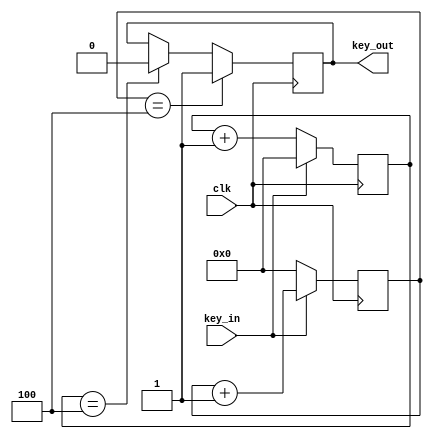
`timescale 1ns / 1ps
//////////////////////////////////////////////////////////////////////////////////
// Company: 
// Engineer: 
// 
// Design Name: 
// Module Name: debkey
// Project Name: 
// Target Devices: 
// Tool Versions: 
// Description: 
// 
// Dependencies: 
// 
// Revision:
// Revision 0.01 - File Created
// Additional Comments:
// 
//////////////////////////////////////////////////////////////////////////////////


module DebKey(clk,key_in,key_out);
    parameter SAMPLE_TIME = 4;
    input clk;
    input key_in;
    output key_out;

    reg [21:0] count_low;
    reg [21:0] count_high;

    reg key_out_reg;

    always @(posedge clk) begin
        if(key_in ==1'b0)
            count_low <= count_low + 1;
        else
            count_low <= 0;
    end
    
    always @(posedge clk) begin
        if(key_in ==1'b1)
            count_high <= count_high + 1;
        else
            count_high <= 0;
    end
    
    always @(posedge clk) begin
        if(count_high == SAMPLE_TIME)
            key_out_reg <= 1;
        else if(count_low == SAMPLE_TIME)
            key_out_reg <= 0;
    end
    
    assign key_out = key_out_reg;
endmodule